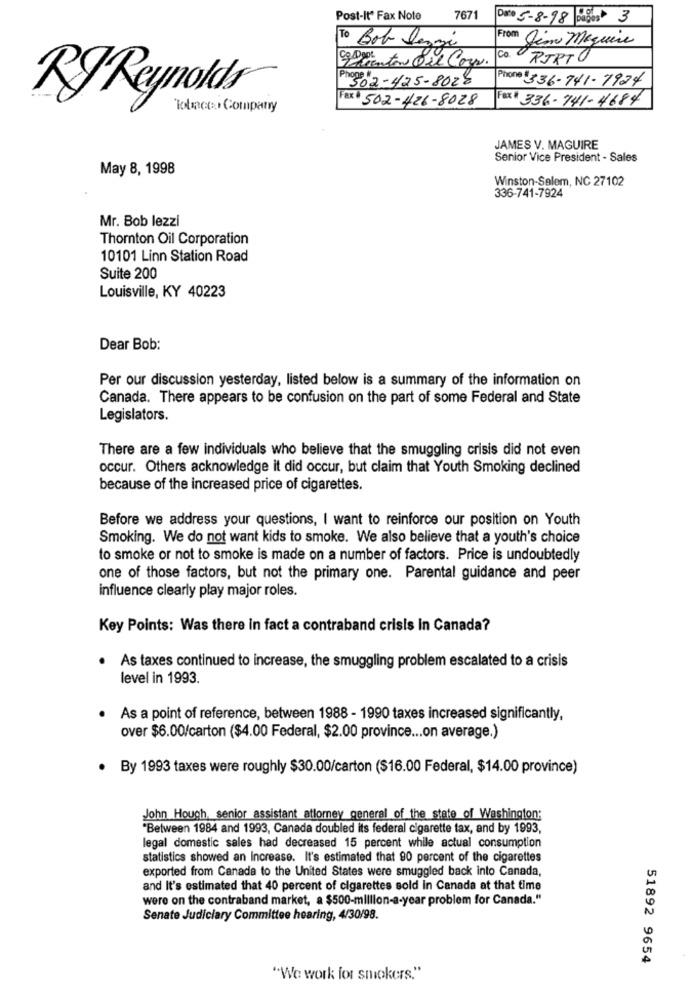
Post-It Fax Note
7671
Date 5-8-98 Dalgos 3
To Bob leggi
From Jean Maguire
Co. RIRTO
Pro30 2-425-8028
Phone 336-741-7924
Fax + 502-426-8028
Fax # 336-741-4684
RyReynolds®
Tobacco Company
JAMES V. MAGUIRE
Senior Vice President - Sales
May 8, 1998
Winston-Salem, NC 27102
336-741-7924
Mr. Bob lezzi
Thornton Oil Corporation
10101 Linn Station Road
Suite 200
Louisville, KY 40223
Dear Bob:
Per our discussion yesterday, listed below is a summary of the information on
Canada. There appears to be confusion on the part of some Federal and State
Legislators.
There are a few individuals who believe that the smuggling crisis did not even
occur. Others acknowledge it did occur, but claim that Youth Smoking declined
because of the increased price of cigarettes.
Before we address your questions, I want to reinforce our position on Youth
Smoking. We do not want kids to smoke. We also believe that a youth's choice
to smoke or not to smoke is made on a number of factors. Price is undoubtedly
one of those factors, but not the primary one. Parental guidance and peer
influence clearly play major roles.
Key Points: Was there in fact a contraband crisis In Canada?
As taxes continued to increase, the smuggling problem escalated to a crisis
level in 1993.
As a point of reference, between 1988 - 1990 taxes increased significantly,
over $6.00/carton ($4.00 Federal, $2.00 province ... on average.)
· By 1993 taxes were roughly $30.00/carton ($16.00 Federal, $14.00 province)
John Hough, senior assistant atlorey general of the state of Washington;
"Between 1984 and 1993, Canada doubled its federal cigarette tax, and by 1993,
legal domestic sales had decreased 15 percent while actual consumption
statistics showed an Increase. It's estimated that 90 percent of the cigarettes
exported from Canada to the United States were smuggled back into Canada,
and It's estimated that 40 percent of cigarettes sold in Canada at that time
were on the contraband market, a $500-million-a-year problem for Canada."
Senate Judiciary Committee hearing, 4/30/98.
51892 9654
"We work for smokers."